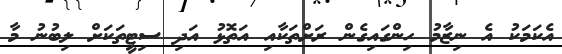
އެކަމަކު އެ ނިޒާމު ހިންގައިގެން ރަށްތަކާއި އަތޮޅު އަދި ސިޓީތަކަށް ލިބުނު މާ